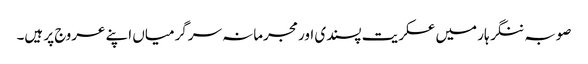
صوبہ ننگر ہار میں عسکریت پسندی اور مجرمانہ سرگرمیاں اپنے عروج پر ہیں۔